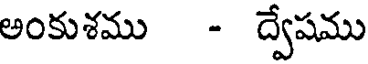
అంకుశము - ద్వేషము